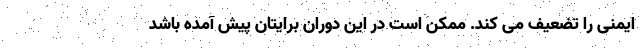
ایمنی را تضعیف می کند. ممکن است در این دوران برایتان پیش آمده باشد